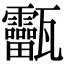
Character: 𤮸